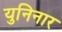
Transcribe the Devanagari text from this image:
युनिनार